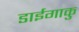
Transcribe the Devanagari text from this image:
डाईगाकु